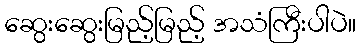
ဆွေးဆွေးမြည့်မြည့် အသံကြီးပါပဲ။